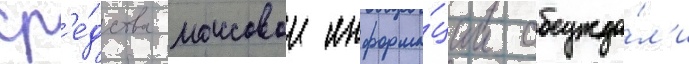
ср'е́дства массовои информа́ции обсужда́л'и